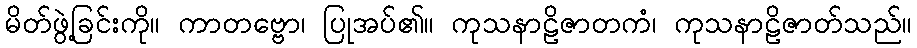
မိတ်ဖွဲ့ခြင်းကို။ ကာတဗ္ဗော၊ ပြုအပ်၏။ ကုသနာဠိဇာတကံ၊ ကုသနာဠိဇာတ်သည်။